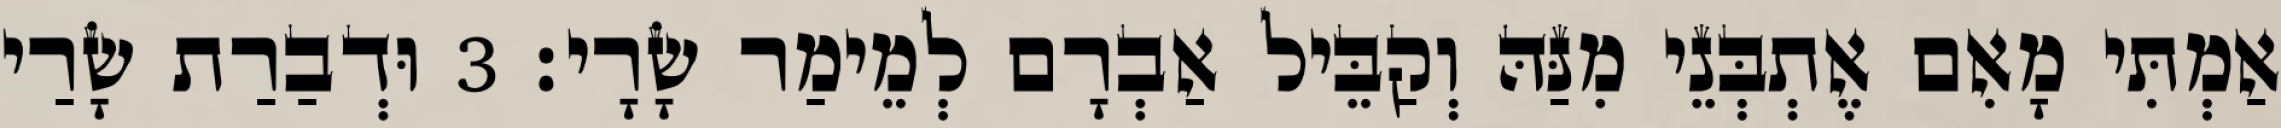
אַמְתִּי מָאִם אֶתְבְּנֵי מִנַּהּ וְקַבֵּיל אַבְרָם לְמֵימַר שָׂרָי׃ 3 וּדְבַרַת שָׂרַי